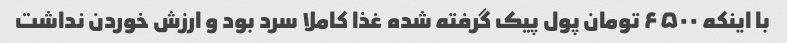
با اینکه ۶۵۰۰ تومان پول پیک گرفته شده غذا کاملا سرد بود و ارزش خوردن نداشت